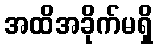
အထိအခိုက်မရှိ